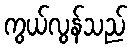
ကွယ်လွန်သည်